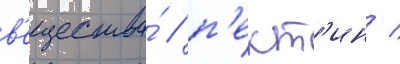
в'ещества́ / п'ект'ин /